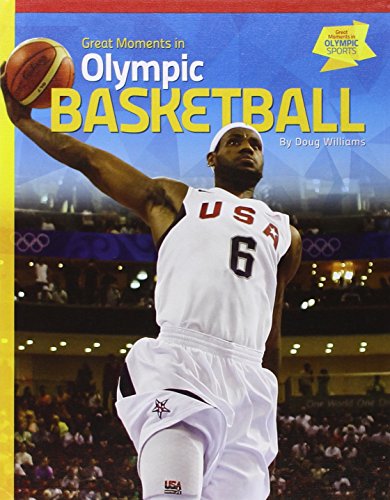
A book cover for Great Moments in Olympic Basketball (Great Moments in Olympic Sports); Doug Williams; Children's Books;